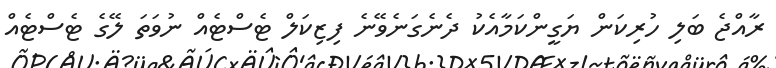
ރާއްޖެ ބަލި ހުރިކަން ޔަގީންކަމާއެކު ދެނެގަނެވޭނެ ފިޒިކަލް ޓެސްޓެއް ނުވަތަ ލޭގެ ޓެސްޓެއް